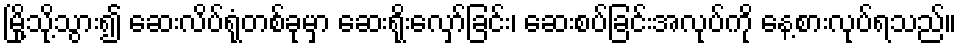
မြို့သို့သွား၍ ဆေးလိပ်ရုံတစ်ခုမှာ ဆေးရိုးလှော်ခြင်း၊ ဆေးစပ်ခြင်းအလုပ်ကို နေ့စားလုပ်ရသည်။